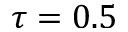
\tau = 0 . 5